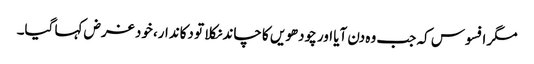
مگر افسوس کہ جب وہ دن آیا اور چودھویں کا چاند نکلا تو دکاندار، خود غرض کہا گیا۔